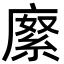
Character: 𢊨